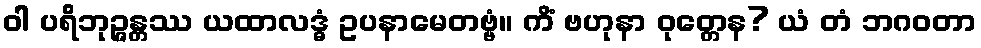
ဝါ ပရိဘုဉ္ဇန္တဿ ယထာလဒ္ဓံ ဥပနာမေတဗ္ဗံ။ ကိံ ဗဟုနာ ဝုတ္တေန? ယံ တံ ဘဂဝတာ